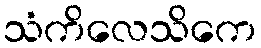
သံကိလေသိကေ